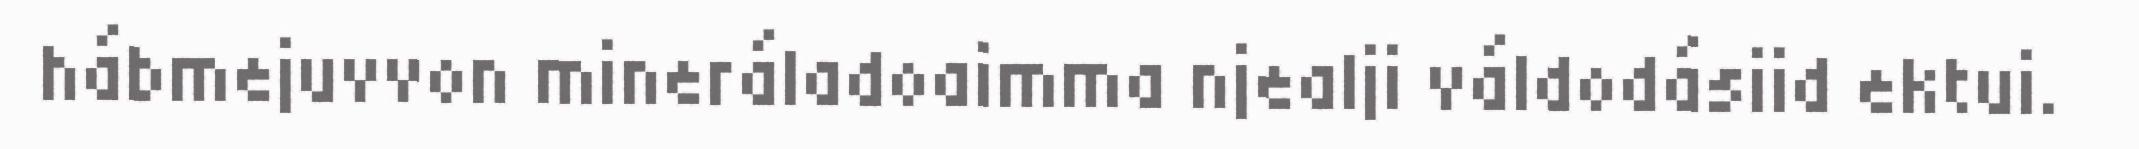
hábmejuvvon mineráladoaimma njealji váldodásiid ektui.